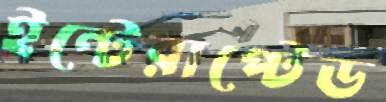
ইন্টেরাপ্টেড